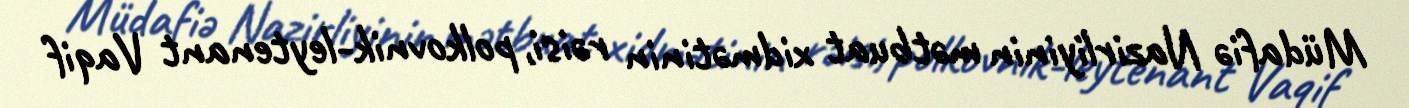
Müdafiə Nazirliyinin mətbuat xidmətinin rəisi, polkovnik-leytenant Vaqif